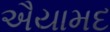
ઐયામદ